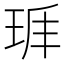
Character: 𤤵